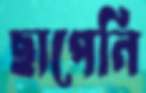
ছাপেনি